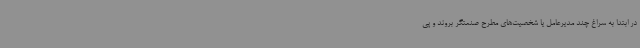
در ابتدا به سراغ چند مدیرعامل یا شخصیت‌های مطرح صنعتگر بروند و پی